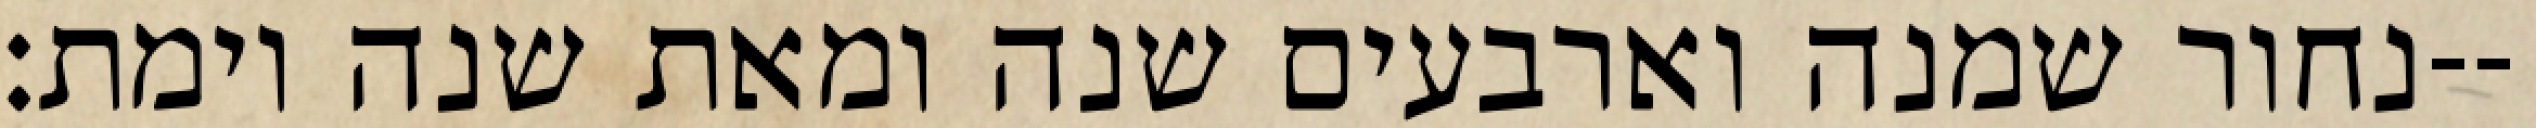
נחור שמנה וארבעים שנה ומאת שנה וימת׃--